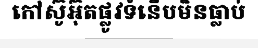
កៅស៊ូអ៊ុតផ្លូវទំនើបមិនធ្លាប់